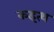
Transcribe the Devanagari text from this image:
कइत्थ